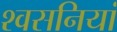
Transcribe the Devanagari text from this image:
श्वसनियां